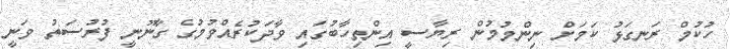
ހުކުމް ރަނގަޅު ކަމަށް ނިންމުމުން ރިޔާސީ އިންތިހާބުގައި ވާދަކުރެއްވުމުގެ ގާނޫނީ ފުރުސަތު ވަނީ